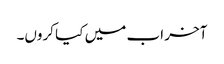
آخر اب میں کیا کروں۔